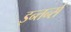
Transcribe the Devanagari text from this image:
इन्तर्न्स